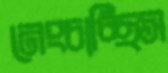
নেংচাচ্ছিস